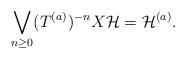
LaTeX: \begin{align*}\bigvee_{n\geq 0}(T^{(a)})^{-n} X \mathcal H= \mathcal H^{(a)}.\end{align*}